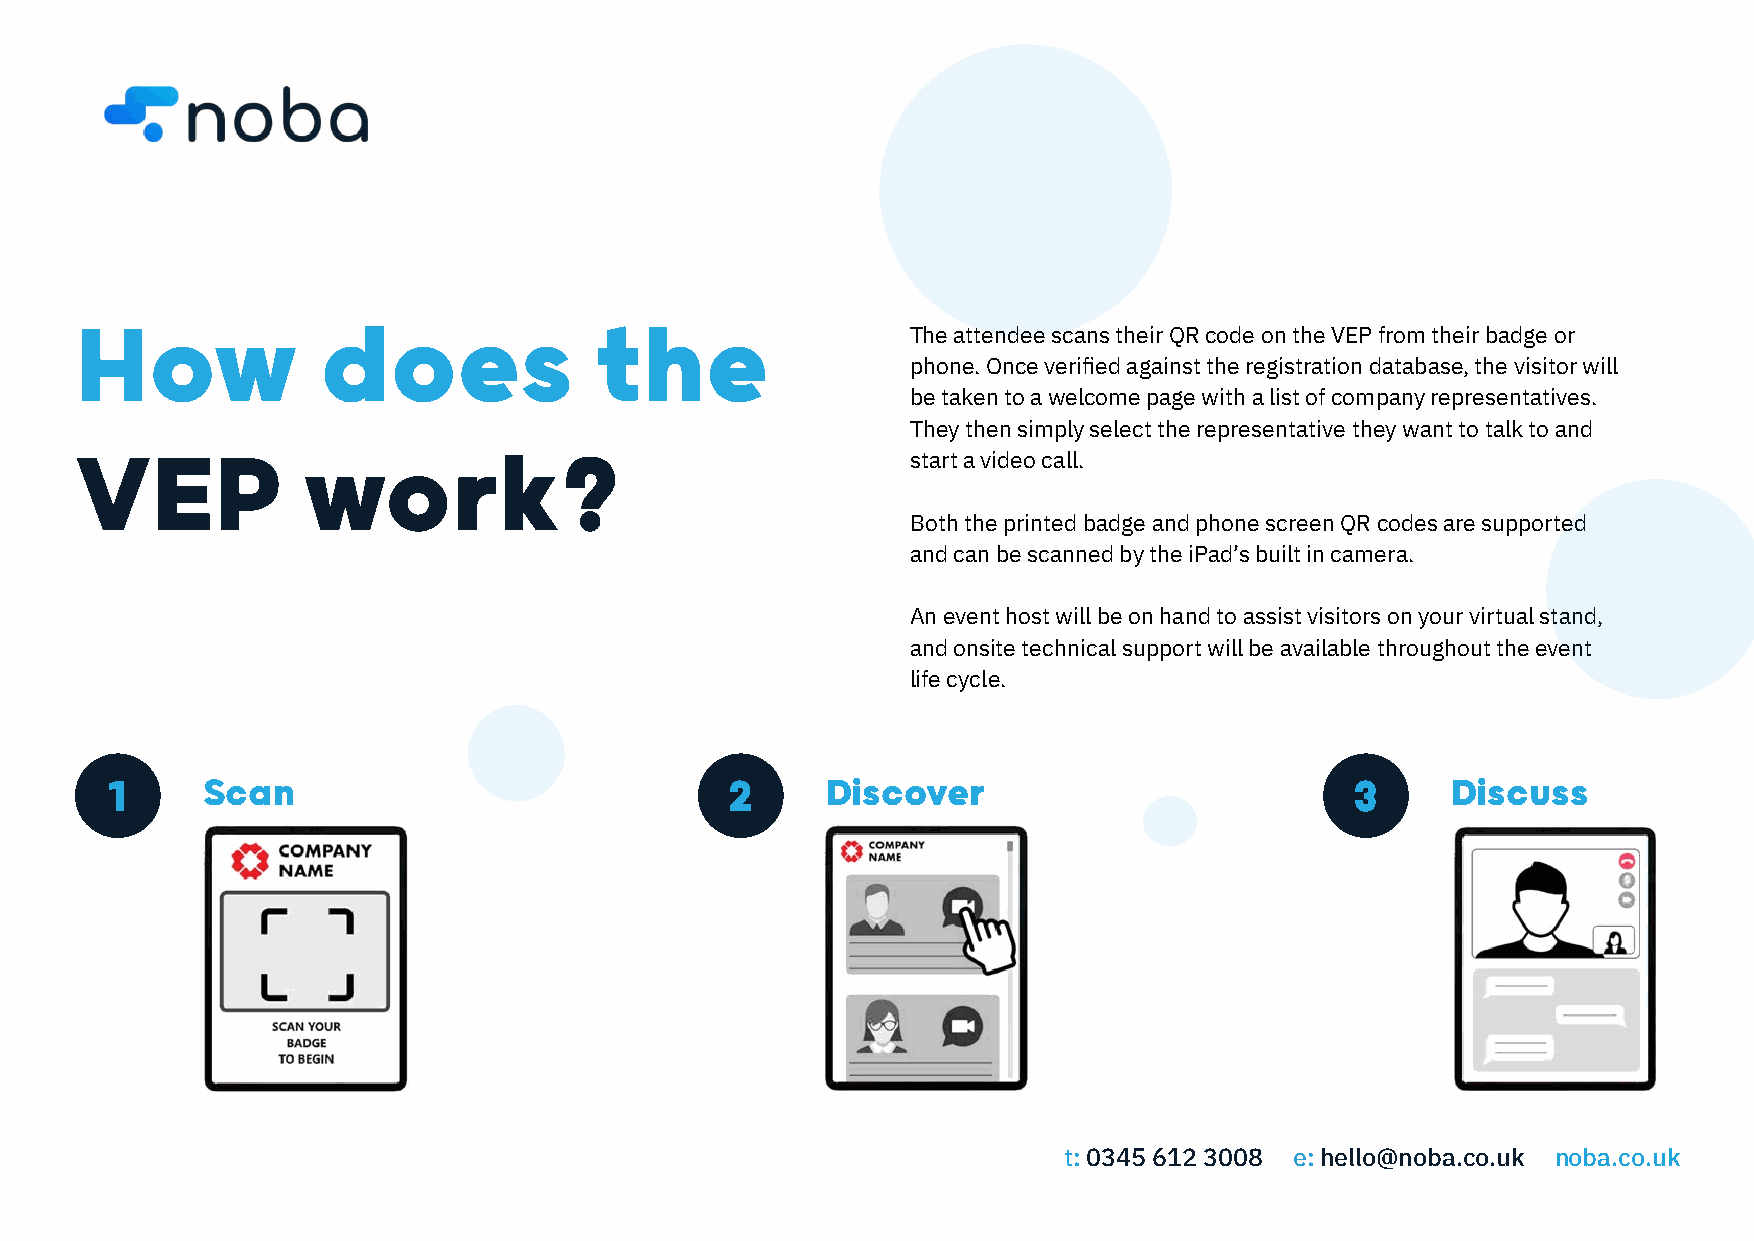
How             does              the
 The attendee scans their QR code on the VEP from their badge or
 phone. Once verified against the registration database, the visitor will
 be taken to a welcome page with a list of company representatives.
 They then simply select the representative they want to talk to and
 VEP            work?
 start a video call.
 Both the printed badge and phone screen QR codes are supported
 and can be scanned by the iPad’s built in camera.
 An event host will be on hand to assist visitors on your virtual stand,
 and onsite technical support will be available throughout the event
 life cycle.
 1     Scan                               2      Discover                           3     Discuss
 t: 0345 612 3008 e: hello@noba.co.uk noba.co.uk